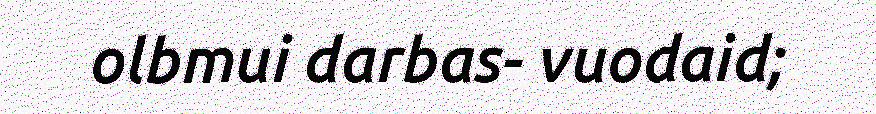
olbmui darbas- vuodaid;